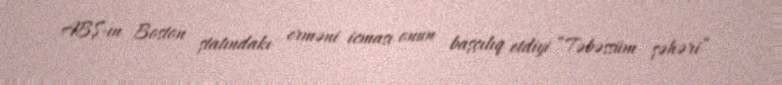
ABŞ-ın Boston ştatındakı erməni icması onun başçılıq etdiyi “Təbəssüm şəhəri”